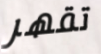
تقهر